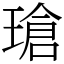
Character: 瑲